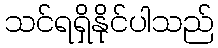
သင်ရရှိနိုင်ပါသည်